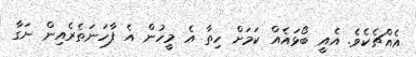
އެއްޗެކެވެ. އެެއީ ބޯޅައެއް ކަމަށް ހިތާ އެ މީހުން އެ ފާހަނަަތެރެއިން ނަގާ